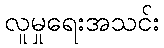
လူမှုရေးအသင်း